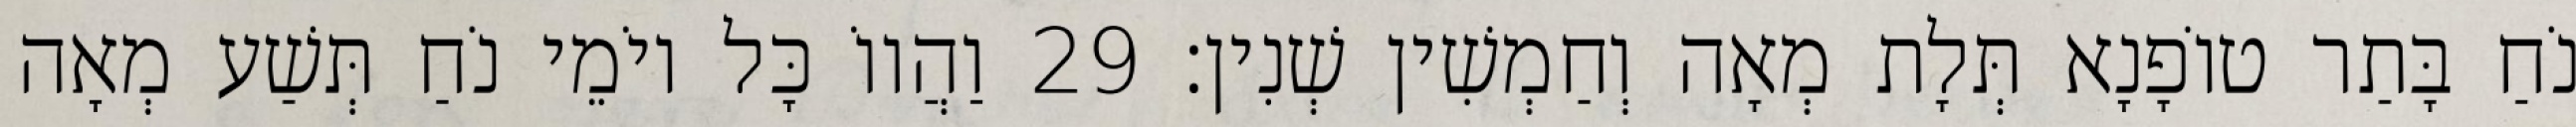
נֹחַ בָּתַר טוֹפָנָא תְּלָת מְאָה וְחַמְשִׁין שְׁנִין׃ 29 וַהֲווֹ כָּל יוֹמֵי נֹחַ תְּשַׁע מְאָה